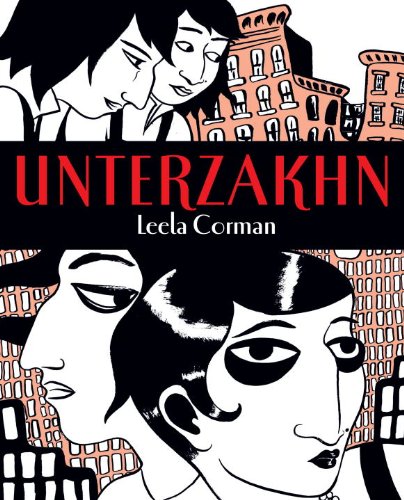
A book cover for Unterzakhn; Leela Corman; Comics & Graphic Novels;